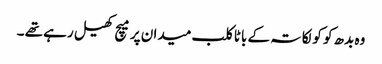
وہ بدھ کو کولکاتہ کے باٹا کلب میدان پر میچ کھیل رہے تھے ۔